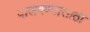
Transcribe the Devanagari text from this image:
वाजवण्यासाठी